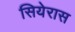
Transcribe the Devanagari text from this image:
सियेरास